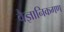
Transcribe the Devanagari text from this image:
वैज्ञानिकगण